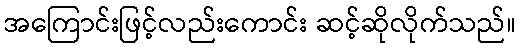
အကြောင်းဖြင့်လည်းကောင်း ဆင့်ဆိုလိုက်သည်။